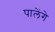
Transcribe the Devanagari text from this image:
पालेंगे